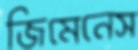
জিমেনেস